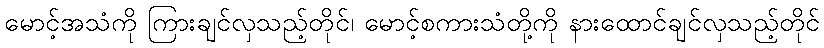
မောင့်အသံကို ကြားချင်လှသည့်တိုင်၊ မောင့်စကားသံတို့ကို နားထောင်ချင်လှသည့်တိုင်